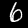
Label: 6